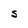
Character: S